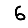
Digit: 6